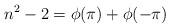
LaTeX: \begin{align*}n^2 - 2 = \phi(\pi) + \phi(-\pi)\end{align*}